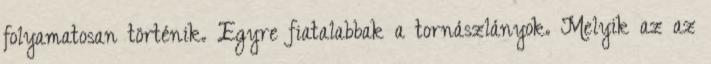
folyamatosan történik. Egyre fiatalabbak a tornászlányok. Melyik az az